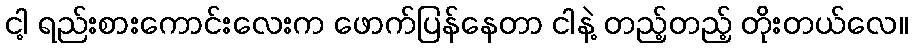
ငါ့ ရည်းစားကောင်းလေးက ဖောက်ပြန်နေတာ ငါနဲ့ တည့်တည့် တိုးတယ်လေ။